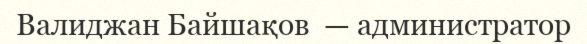
Валиджан Байшақов  — администратор